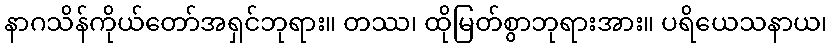
နာဂသိန်ကိုယ်တော်အရှင်ဘုရား။ တဿ၊ ထိုမြတ်စွာဘုရားအား။ ပရိယေသနာယ၊